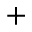
^ +